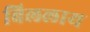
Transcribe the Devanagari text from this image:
बिललाय